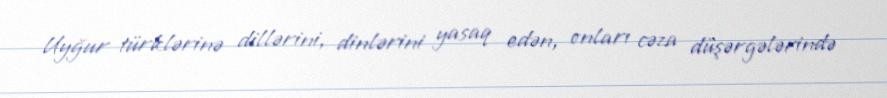
Uyğur türklərinə dillərini, dinlərini yasaq edən, onları cəza düşərgələrində